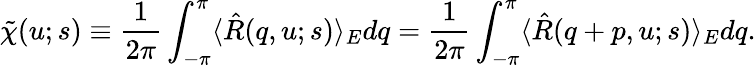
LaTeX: \tilde{\chi}(u;s)\equiv\frac{1}{2\pi}\int_{-\pi}^{\pi}\langle\hat{R}(q,u;s)\rangle_{E}dq=\frac{1}{2\pi}\int_{-\pi}^{\pi}\langle\hat{R}(q+p,u;s)\rangle_{E}dq.